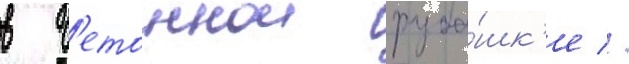
в б'етоннои руба́шк'е //